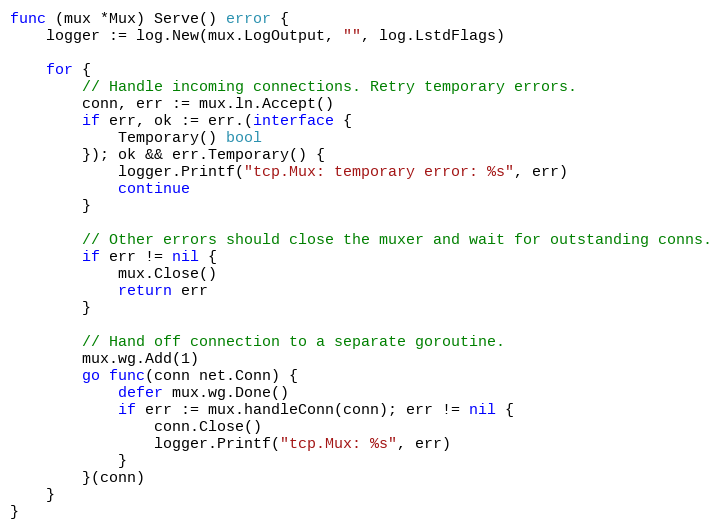
Language: Go
func (mux *Mux) Serve() error {
	logger := log.New(mux.LogOutput, "", log.LstdFlags)

	for {
		// Handle incoming connections. Retry temporary errors.
		conn, err := mux.ln.Accept()
		if err, ok := err.(interface {
			Temporary() bool
		}); ok && err.Temporary() {
			logger.Printf("tcp.Mux: temporary error: %s", err)
			continue
		}

		// Other errors should close the muxer and wait for outstanding conns.
		if err != nil {
			mux.Close()
			return err
		}

		// Hand off connection to a separate goroutine.
		mux.wg.Add(1)
		go func(conn net.Conn) {
			defer mux.wg.Done()
			if err := mux.handleConn(conn); err != nil {
				conn.Close()
				logger.Printf("tcp.Mux: %s", err)
			}
		}(conn)
	}
}